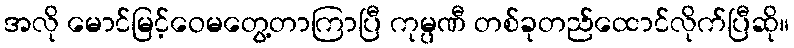
အလို မောင်မြင့်ဝေမတွေ့တာကြာပြီ ကုမ္ပဏီ တစ်ခုတည်ထောင်လိုက်ပြီဆို။